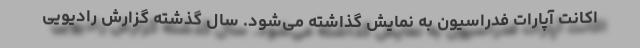
اکانت آپارات فدراسیون به نمایش گذاشته می‌شود. سال گذشته گزارش رادیویی